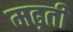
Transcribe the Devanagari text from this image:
मढ़ती